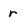
Character: r